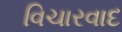
વિચારવાદ